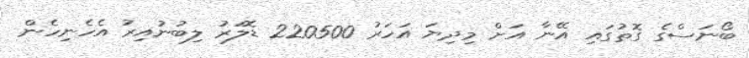
ބޯނަސްގެ ގޮތުގައި އޭނާ އަށް މިދިޔަ އަހަރު 220500 ޑޮލަރު ލިބުނުއިރު އެހެނިހެން